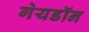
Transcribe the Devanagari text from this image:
गेयडॉन